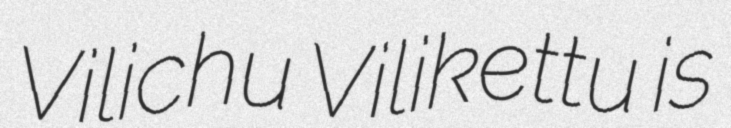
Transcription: Vilichu Vilikettu is